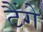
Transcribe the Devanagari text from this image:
टैंगे